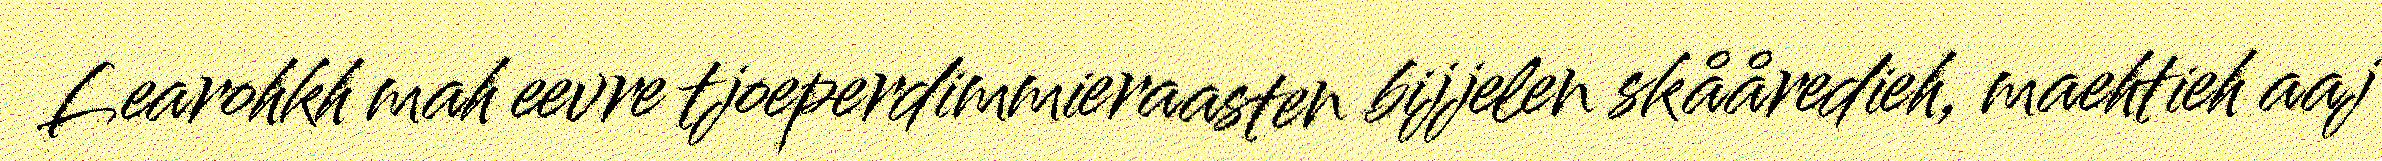
Learohkh mah eevre tjoeperdimmieraasten bijjelen skååredieh, maehtieh aaj